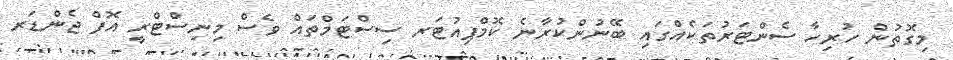
މިގޮތުން ހުރިހާ ސެންޓަރުތަކެއްގައި ބޭނުންކުރާނެ ކޮމްޕިއުޓަރ ސިސްޓަމްތައް ވެސް މިނިސްޓްރީ އޮފް ޖެންޑަރ